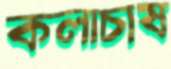
কলাচাষ